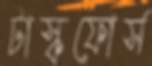
টাস্কফোর্স